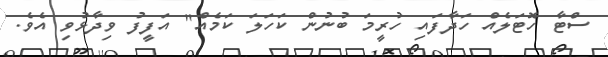
ސްޓާ ހޮޓަލެއް ހަދާފައި ހުރީމަ ބުނުން ކަހަލަ ކަމެއް" އަފީފު ވިދާޅުވި އެވެ.